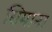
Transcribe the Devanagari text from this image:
सिमाना